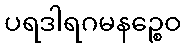
ပရဒါရဂမနဉ္စေဝ